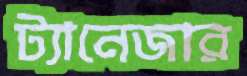
ট্যানেজার